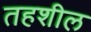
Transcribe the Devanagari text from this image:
तहशील